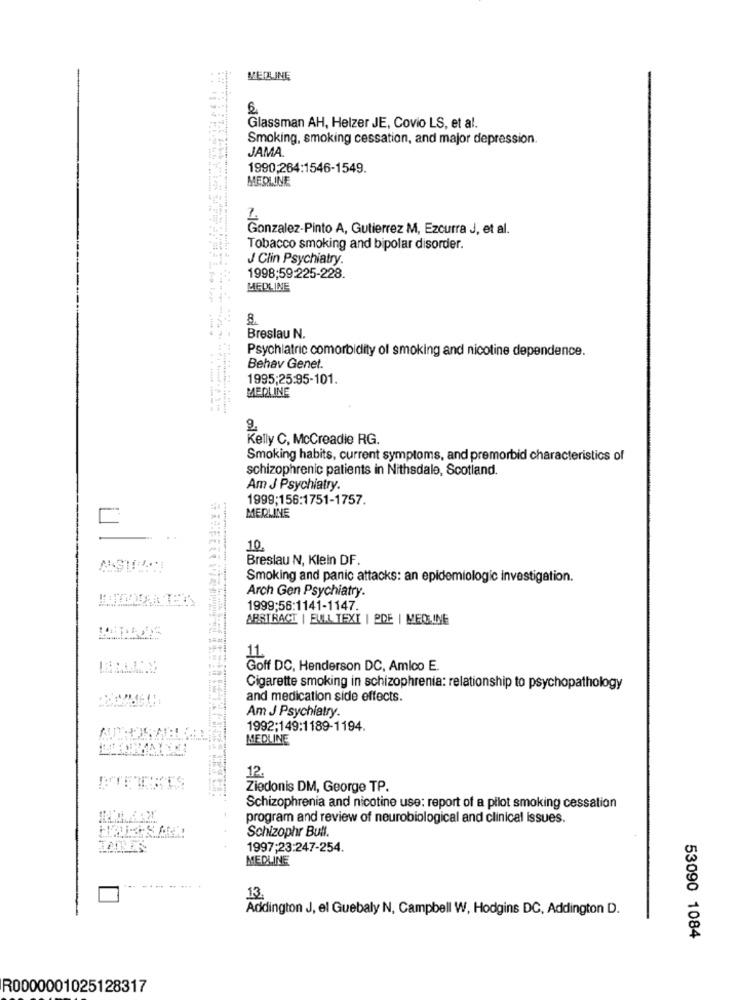
MEDLINE
Glassman AH, Helzer JE, Covio LS, et al.
Smoking, smoking cessation, and major depression.
JAMA.
1990;264:1546-1549.
MEDLINE
Gonzalez-Pinto A, Gutierrez M, Ezcurra J, et al.
Tobacco smoking and bipolar disorder.
J Clin Psychiatry.
1998:59-225-228.
MEDLINE
8.
Breslau N.
Psychiatric comorbidity of smoking and nicotine dependence.
Behav Genet.
1995;25:95-101.
MEDLINE
.........
Kelly C, McCreadie RG.
Smoking habits, current symptoms, and premorbid characteristics of
schizophrenic patients in Nithsdale, Scotland.
Am J Psychiatry.
1999;156:1751-1757.
MERLINE
10.
Breslau N, Klein DF.
Smoking and panic attacks: an epidemiologic investigation.
Arch Gen Psychiatry.
1999;56:1141-1147.
ABSTRACT | FULL TEXI | PDE | MEDLINE
=
Goff DC, Henderson DC, Amico E.
Cigarette smoking in schizophrenia: relationship to psychopathology
and medication side effects.
Am J Psychiatry.
1992;149:1189-1194.
MEDLINE
12.
Ziedonis DM, George TP.
Schizophrenia and nicotine use: report of a pilot smoking cessation
program and review of neurobiological and clinical issues.
Schizophr Bull.
1997;23:247-254.
MEDLINE
13
Addington J, el Guebaly N, Campbell W, Hodgins DC, Addington D.
53090 1084
R0000001025128317